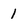
Character: l